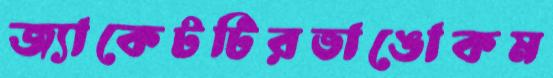
জ্যাকেটটিরভাঙোকম